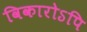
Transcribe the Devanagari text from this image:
विकारोऽपि